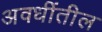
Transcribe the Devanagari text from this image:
अवधींतील